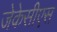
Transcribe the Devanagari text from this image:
जेकेसीएस